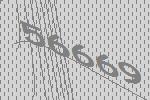
56669